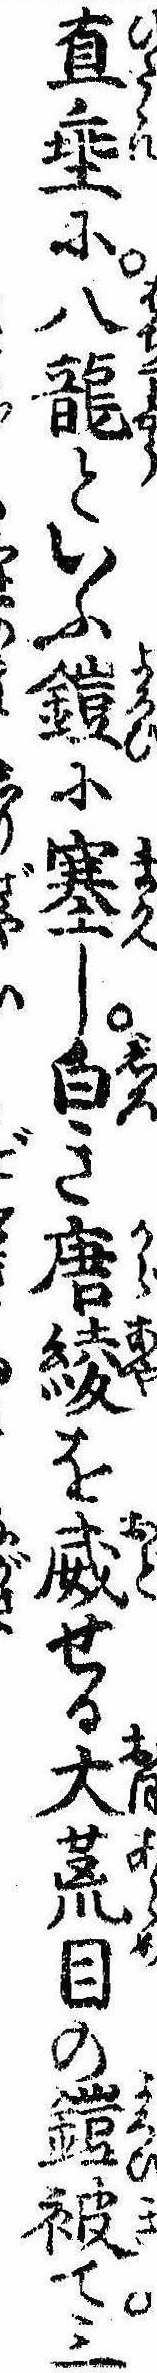
直垂に八竜といふ鎧に塞し白き唐綾を威せる大荒目の鎧被て三